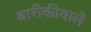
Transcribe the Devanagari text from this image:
बारीकीवाले